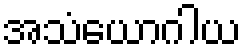
အသံယောဂါယ